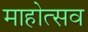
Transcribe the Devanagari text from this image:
माहोत्सव